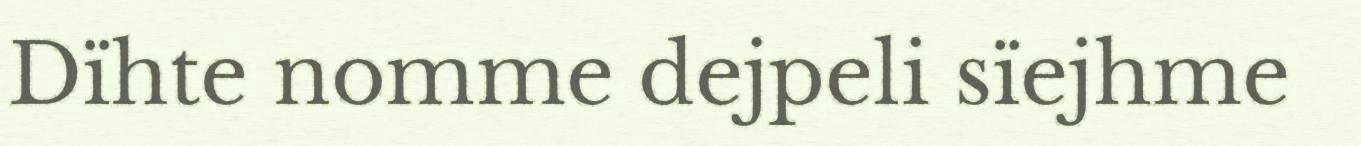
Dïhte nomme dejpeli sïejhme